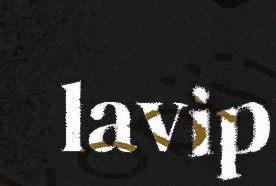
lavip